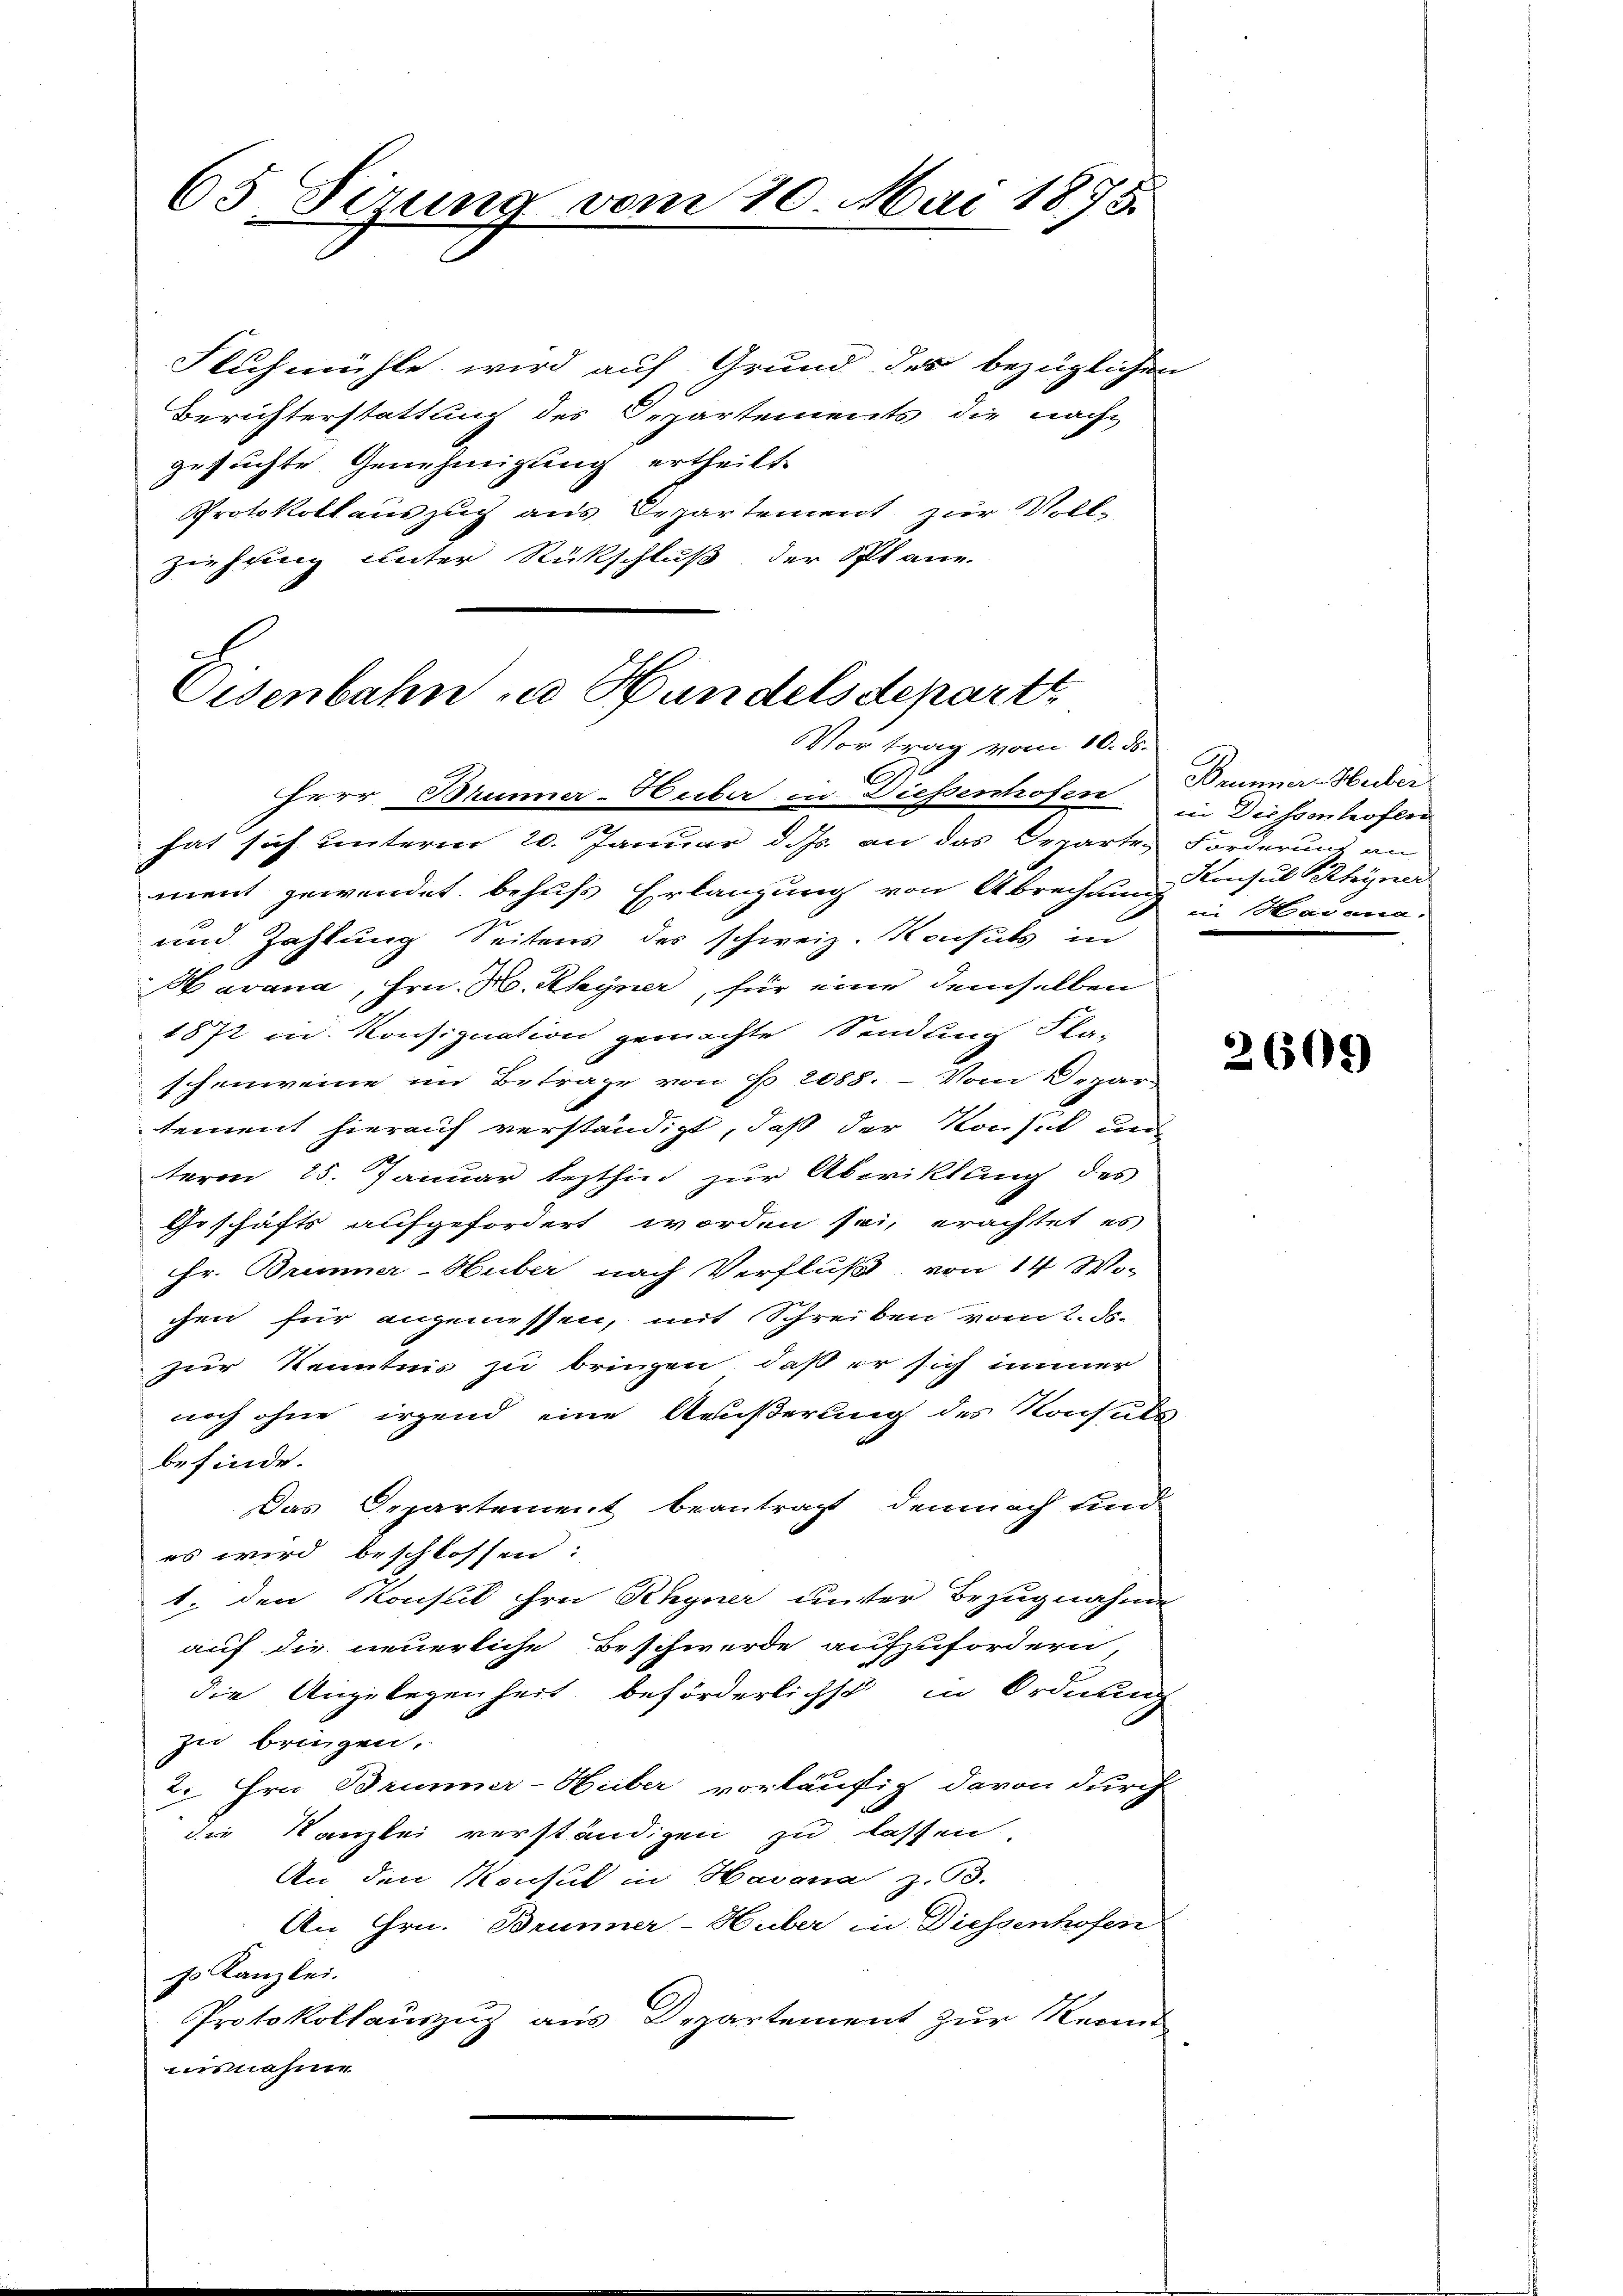
65 Sizung vom 20. Mai 1875

Fluhmühle wird auf Grund des bezüglichen
Berichterstattung des Departements die nach-
gesuchte Genehmigung ertheilt.
Protokollauszug aus Departement zur Voll-
ziehung unter Rückschluß der Plane

Eisenbahn in Handelsdepartt
Vortrag vom 10. ds.

C
Herr Brunner-Huber in Diesenhofen Drunner-Hecker
hat sich unterm 20. Januar d. Js. an das Departe Forderung an
ment gewendet, behufs Erlangung von Abrechnung Consul Rhyner
und Zahlung Seitens des schweiz. Konsuls in
Havana, Hrn. Mo. Rhyner, für eine demselben
1872 in Konsignation gemachte Sendung Fla-
schenweine im Betrage von Fr. 2088. Vom Depar-
tement hierauf verständigt, daß der Konsik und
h
term 25. Januar lezthin zur Aboriklung des
Geschäfts aufgefordert worden sei, erachtet es
Hr. Brunner-Huber nach Verfluß von 14 Wochen für angemessen, mit Schreiben vom 2. d.
zur Kenntnis zu bringen, daß er sich immer
noch ohne irgend eine Aeußerung des Konsuls
befinde.
Das Departement beantragt demnach und
es wird beschlossen:
1, den Konsul ihre Rhyner unter Bezugnahme
auf die neuerliche Beschwerde aufzufordern,
die Angelegenheit beförderlichst in Ordnung
zu bringen.
2. Hrn. Brunner-Huber vorläufig davon durch
die Kanzlei verständigen zu lassen.
An den Konsul in Havana z.B.
An Hrn. Brunner-Huber in Diessenhofen
ss Kanzlei.
Protokollauszug aus Departement zur Kennt
usnahme

in Diessenhofler
in Havana.

2609